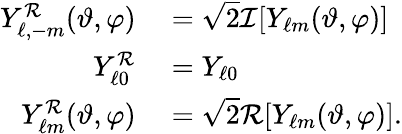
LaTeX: \begin{array}{rl}{Y_{\ell,-m}^{\cal R}(\vartheta,\varphi)}&{{}=\sqrt{2}{\cal I}[Y_{\ell m}(\vartheta,\varphi)]}\\ {Y_{\ell 0}^{\cal R}}&{{}=Y_{\ell 0}}\\ {Y_{\ell m}^{\cal R}(\vartheta,\varphi)}&{{}=\sqrt{2}{\cal R}[Y_{\ell m}(\vartheta,\varphi)].}\end{array}